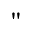
"